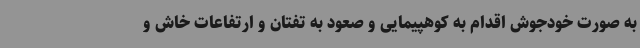
به صورت خودجوش اقدام به کوهپیمایی و صعود به تفتان و ارتفاعات خاش و